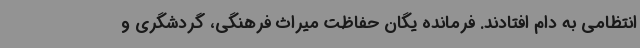
انتظامی به دام افتادند. فرمانده یگان حفاظت میراث فرهنگی، گردشگری و